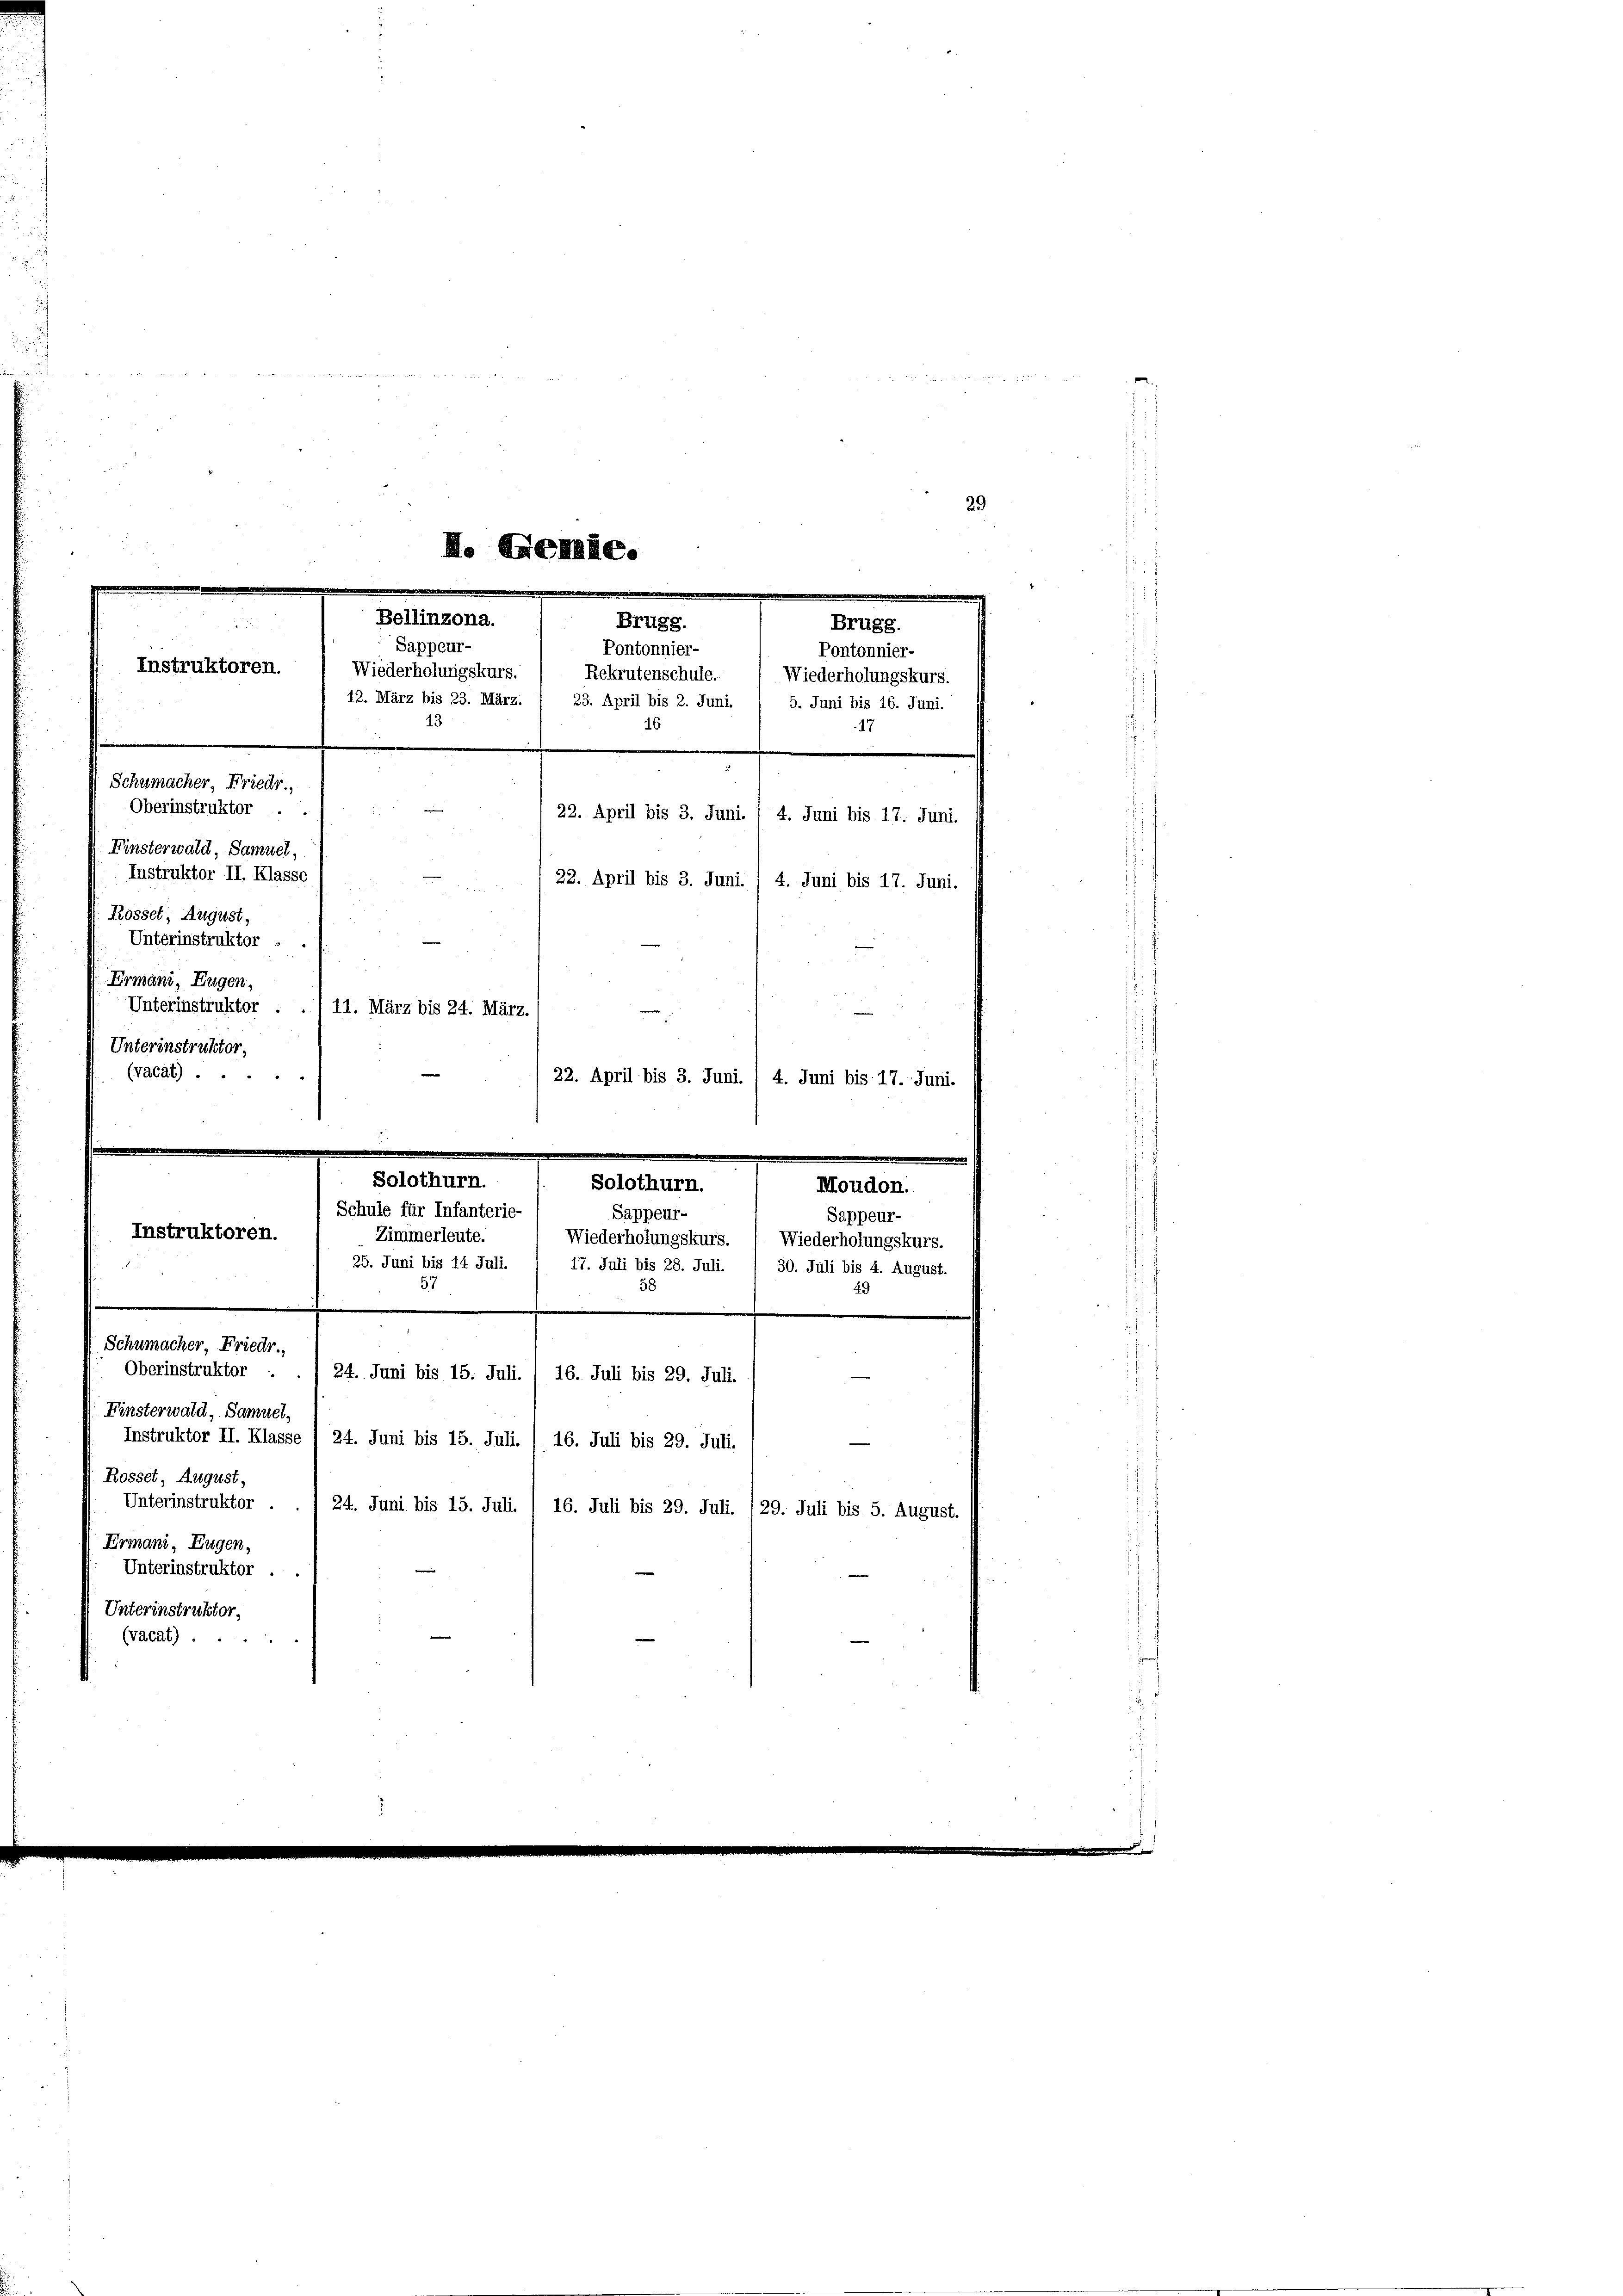
I. Genie.
Bellinzona.
Brugg.
Brugg.

Sappeur-
Pontonnier-
Pontonnier-
Instruktoren.
Wiederholungskurs.
Rekrutenschule. Wiederholungskurs.
.
12. März bis 23. März. / 23. April bis 2. Juni. 1 5. Juni bis 16. Juni.
13
16
17
Schumacher, Friedr.
Oberinstruktor.
22. April bis 3. Juni. / 4. Juni bis 17. Juni.
i
Einsterwald, Samuel,
Instruktor II. Klasse
22. April bis 3. Juni. / 4. Juni bis 17. Juni.

Rösset, August,
Unterinstruktor
Ermani, Eugen,
Unterinstruktor
Unterinstruktor,
(vacat) ...

Instruktoren.
Schumacher, Friedr.
Oberinstruktor :
24. Juni bis 15. Juli. I 16. Juli bis 29. Juli.
Einsterwald, Samuel,
Instruktor II. Klasse (24. Juni bis 15. Juli. I 16. Juli bis 29. Juli.

und de
 to treten Gattin

29

Rosset, August,
Unterinstruktor
24. Juni bis 15. Juli. I 16. Juli bis 29. Juli. 129. Juli bis 5. August.
Ermani, Eugen,
Unterinstruktor
Unterinstruktor,
(vacat) ..

11. März bis 24. März.
22. April bis 3. Juni. / 4. Juni bis 17. Juni.
Solothurn.
Solothurn.
Moudon.
Schule für Infanterie-
Sappeur-
Sappeur-
Zimmerleute.
Wiederholungskurs. Wiederholungskurs.
25. Juni bis 14 Juli.
17. Juli bis 28. Juli. / 30. Juli bis 4. August.
58
57
49